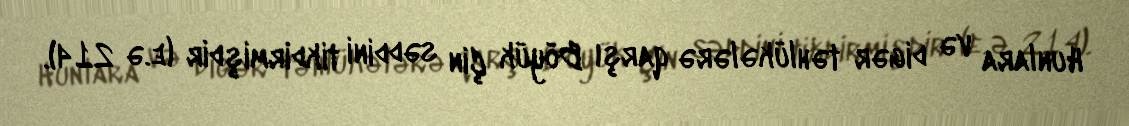
Hunlara və digər təhlükələrə qarşı Böyük Çin səddini tikdirmişdir (e.ə 214).